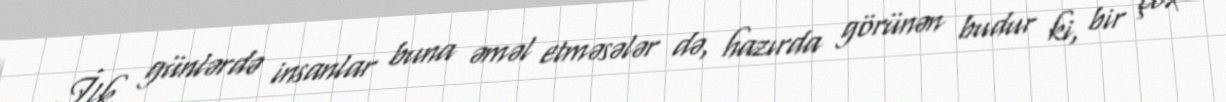
İlk günlərdə insanlar buna əməl etməsələr də, hazırda görünən budur ki, bir çox